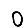
Digit: 0